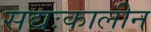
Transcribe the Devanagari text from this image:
सद्यःकालीन